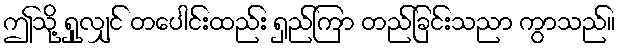
ဤသို့ ရှုလျှင် တပေါင်းထည်း ရှည်ကြာ တည်ခြင်းသညာ ကွာသည်။